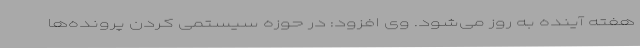
هفته آینده به روز می‌شود. وی افزود: در حوزه سیستمی کردن پرونده‌ها